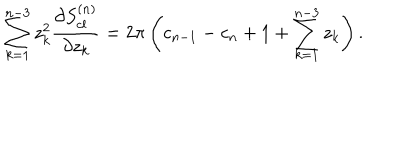
LaTeX: \sum _ { k = 1 } ^ { n - 3 } z _ { k } ^ { 2 } { \frac { \partial S _ { c l } ^ { ( n ) } } { \partial z _ { k } } } = 2 \pi \left( c _ { n - 1 } - c _ { n } + 1 + \sum _ { k = 1 } ^ { n - 3 } z _ { k } \right) .